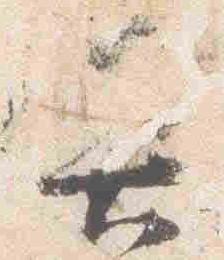
具